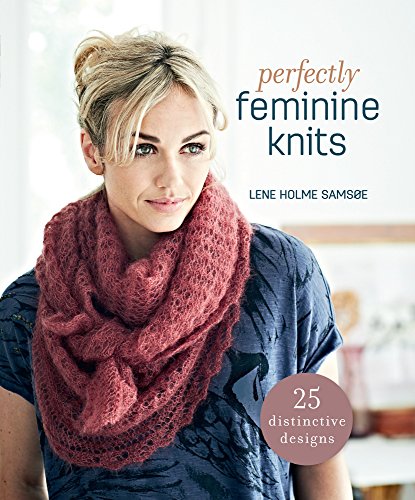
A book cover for Perfectly Feminine Knits: 25 Distinctive Designs; Lene Holme Samsoe; Crafts, Hobbies & Home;